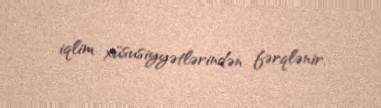
iqlim xüsusiyyətlərindən fərqlənir.